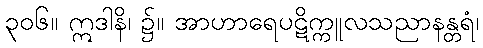
၃၀၆။ ဣဒါနိ၊ ၌။ အာဟာရေပဋိက္ကူလသညာနန္တရံ၊